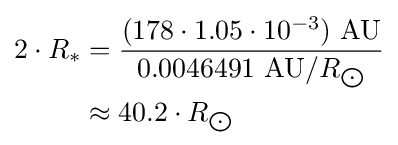
{\begin{aligned}2\cdot R_{*}&={\frac {(178\cdot 1.05\cdot 10^{-3})\ {\text{AU}}}{0.0046491\ {\text{AU}}/R_{\bigodot }}}\\&\approx 40.2\cdot R_{\bigodot }\end{aligned}}